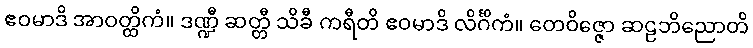
ဧဝမာဒိ အာဝတ္ထိကံ။ ဒဏ္ဍီ ဆတ္တီ သိခီ ကရီတိ ဧဝမာဒိ လိင်္ဂိကံ။ တေဝိဇ္ဇော ဆဠဘိညောတိ